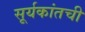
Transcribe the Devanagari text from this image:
सूर्यकांतची